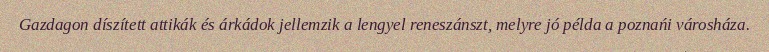
Gazdagon díszített attikák és árkádok jellemzik a lengyel reneszánszt, melyre jó példa a poznańi városháza.